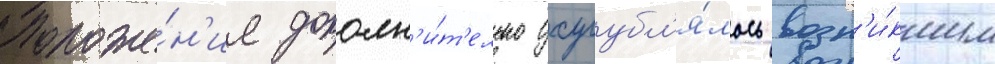
Положе́н'ие дополн'и́т'ельно усугубл'я́лось возн'и́кшим